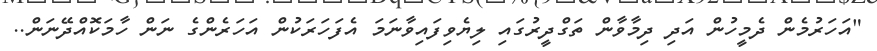
"އަހަރުމެން ދެމީހުން އަދި ދިމާވާން ތަގްދީރުގައި ލިޔެވިފައިވާނަމަ އެފަހަރަކުން އަހަރެންގެ ނަން ހާމަކޮއްދޭނަން..